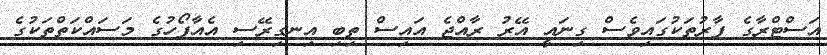
އަސްޓްރާގެ ފާރުތަކުގައިވެސް ގިނައީ އޭރު ރާއްޖެ އައިސް ތިބި އިނގިރޭސި އެއާފޯހުގެ މަސައްކަތްތަކުގެ